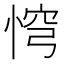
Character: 𢛙